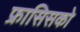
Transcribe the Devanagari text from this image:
फ्रासिसको